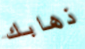
ذهابك